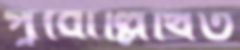
পূর্বোল্লিখিত